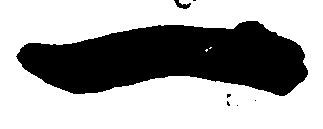
一